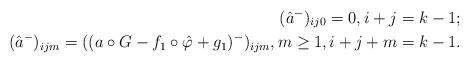
LaTeX: \begin{align*}(\hat a^-)_{ij0}=0, i+j=k-1; \\(\hat a^-)_{ij m}=((a\circ G-f_1\circ\hat\varphi+g_1)^-)_{ijm}, m\geq1, i+j+m=k-1. \end{align*}